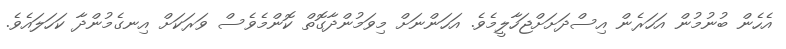
އެހެން ބުނުމުން އަހަރެން އިސްދަށަށްޖަހާލީމެވެ. އަހަންނަށް މިވަމުންދާގޮތް ކޮންމެވެސް ވަރަކަށް އިނގެމުންދާ ކަހަލައެވެ.